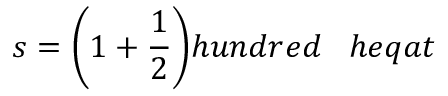
s = { \bigg ( } 1 + { \frac { 1 } { 2 } } { \bigg ) } h u n d r e d \; \; \; h e q a t